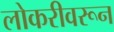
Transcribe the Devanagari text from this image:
लोकरीवरून